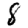
Digit: 8